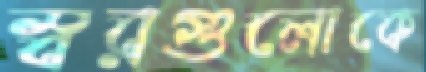
স্বরগুলোকে